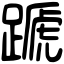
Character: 蹏